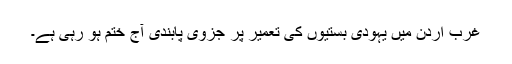
غرب اردن میں یہودی بستیوں کی تعمیر پر جزوی پابندی آج ختم ہو رہی ہے۔